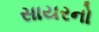
સાયરનો